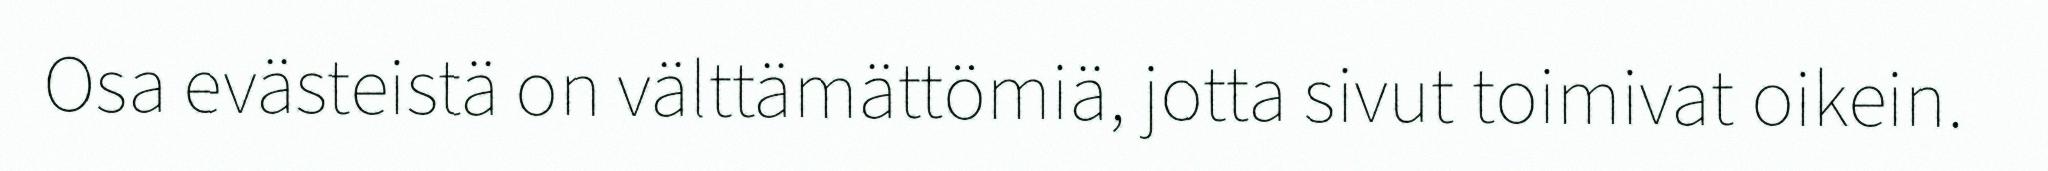
Osa evästeistä on välttämättömiä, jotta sivut toimivat oikein.